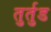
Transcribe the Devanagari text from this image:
तुर्तुड